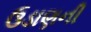
ઉડાણની